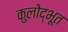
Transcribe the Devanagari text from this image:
कुलोद्भूत